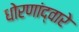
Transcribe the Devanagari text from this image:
धोरणांद्वारे